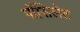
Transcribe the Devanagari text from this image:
पोंसिलेट